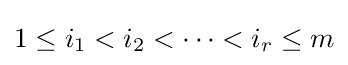
1\leq i_{1}<i_{2}<\cdots <i_{r}\leq m